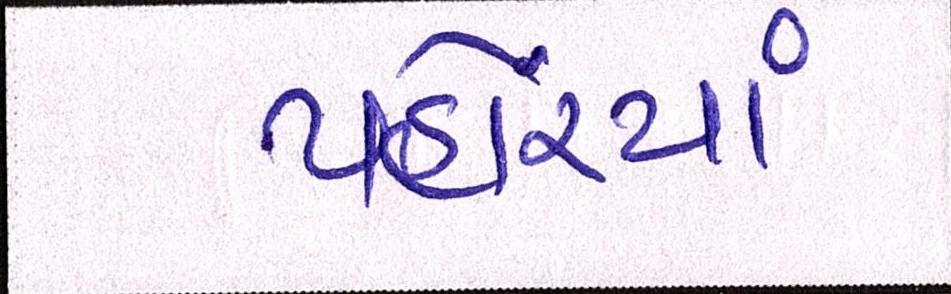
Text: પહોંચ્યાં